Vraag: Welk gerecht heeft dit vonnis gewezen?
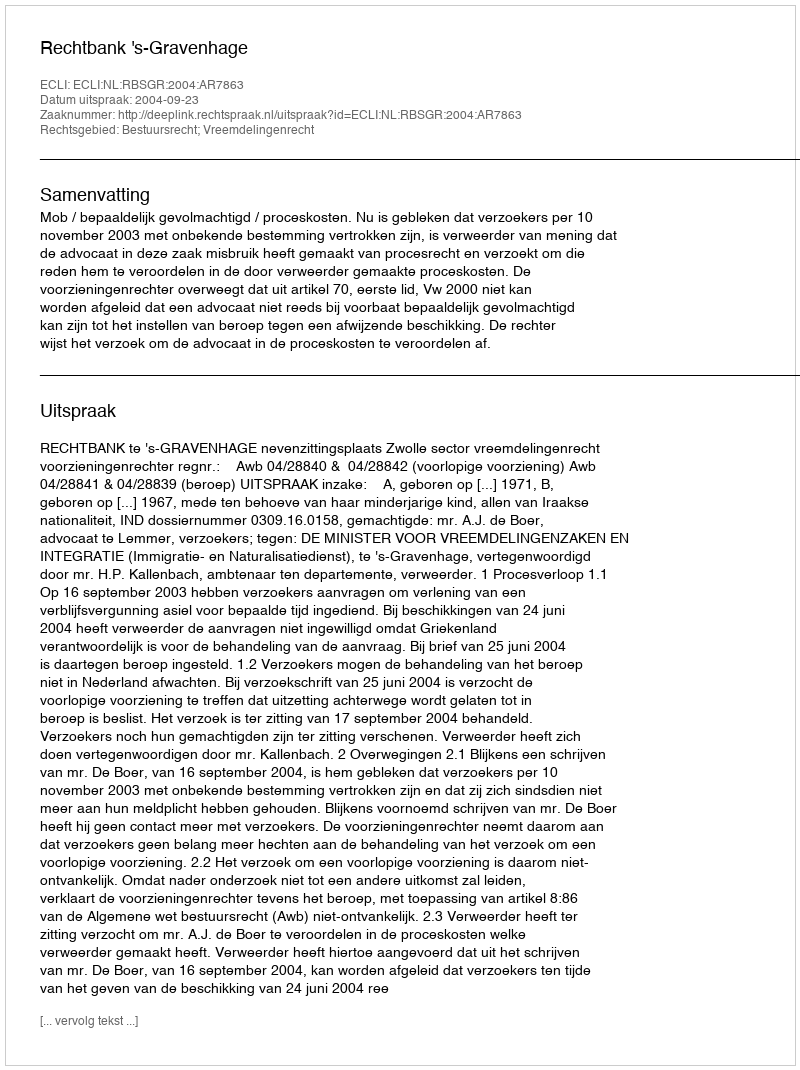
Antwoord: Rechtbank 's-Gravenhage